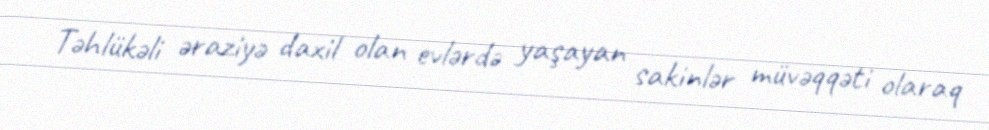
Təhlükəli əraziyə daxil olan evlərdə yaşayan sakinlər müvəqqəti olaraq